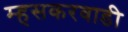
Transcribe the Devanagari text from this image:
म्हसकरवाडी